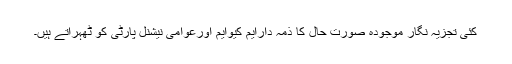
کئی تجزیہ نگار موجودہ صورتِ حال کا ذمہ دارایم کیوایم اورعوامی نیشنل پارٹی کو ٹھہراتے ہیں۔